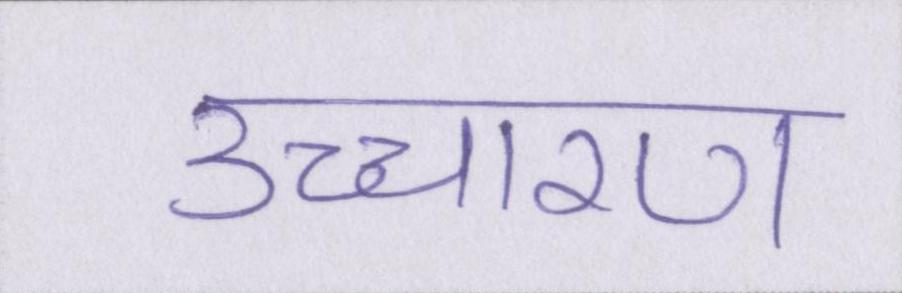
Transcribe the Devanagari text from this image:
उच्चारण